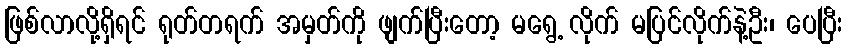
ဖြစ်လာလို့ရှိရင် ရုတ်တရက် အမှတ်ကို ဖျက်ပြီးတော့ မရွေ့ လိုက် မပြင်လိုက်နဲ့ဦး၊ ပေပြီး